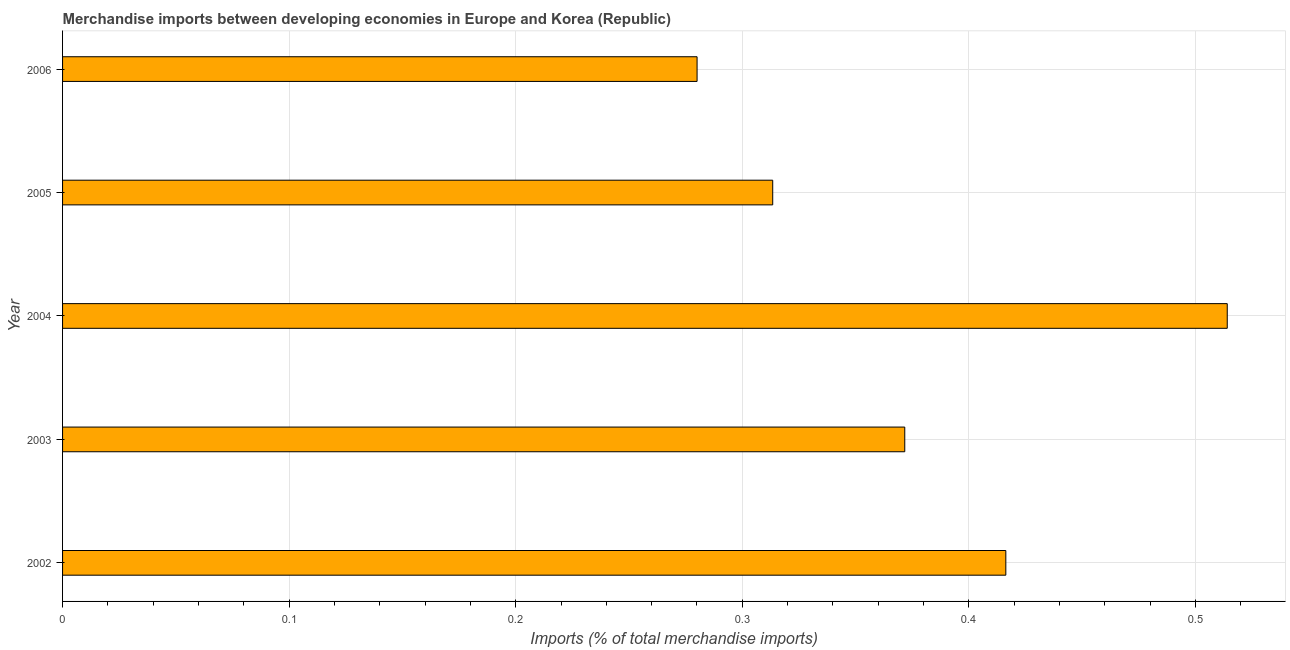
| Year | Merchandise imports |
 | --- | --- |
 | 2002 | 0.416 |
 | 2003 | 0.372 |
 | 2004 | 0.514 |
 | 2005 | 0.313 |
 | 2006 | 0.28 |